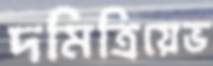
দমিত্রিয়েভ